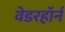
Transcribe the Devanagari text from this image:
वेडरहॉर्न